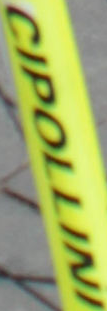
CIPOLLINI